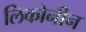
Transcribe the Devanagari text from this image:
लिकोनीन